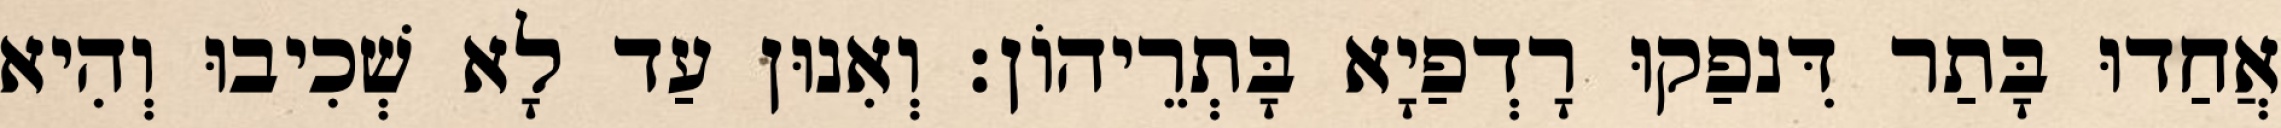
אֲחַדוּ בָּתַר דִּנפַקוּ רָדְפַיָא בָּתְרֵיהוֹן׃ וְאִנוּן עַד לָא שְׁכִיבוּ וְהִיא